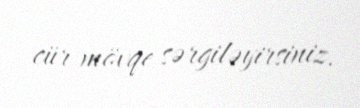
cür mövqe sərgiləyirsiniz.